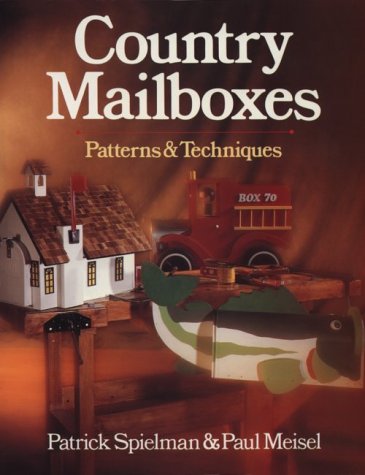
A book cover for Country Mailboxes: Patterns & Techniques; Patrick Spielman; Crafts, Hobbies & Home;